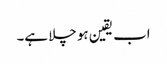
اب یقین ہو چلا ہے۔